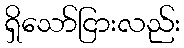
ရှိသော်ငြားလည်း